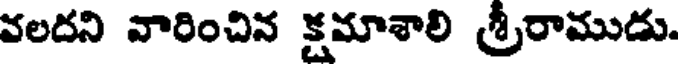
వలదని వారించిన క్షమాశాలి శ్రీరాముడు.